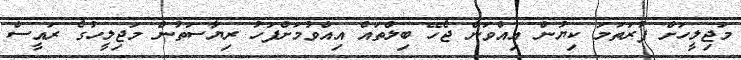
މަޖިލީހަށް ފުރަތަމަ ކިޔުން އިއްވަން ޖެހޭ ބިލްތައް އިއްވުމަށްފަހު ރިޔާސަތުން މަޖިލީހުގެ ރައީސް